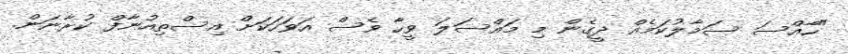
"ހާއްސަ ސަމާލުކަމެއް ދީގެން މި މައްސަލަ ވީހާ ވެސް އަވަހަކަށް އިސްތިއުނާފް ކުރާނަން.